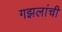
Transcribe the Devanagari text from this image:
गझलांची